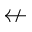
\nleftarrow